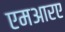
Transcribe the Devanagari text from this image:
एमआरए